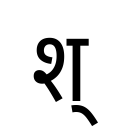
OCR:
श्